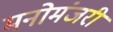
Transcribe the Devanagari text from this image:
मनोमंजरी